Civil Veterinary Department Bihar & Orissa reports 1922-29 - 1922-1929
Year: 1922
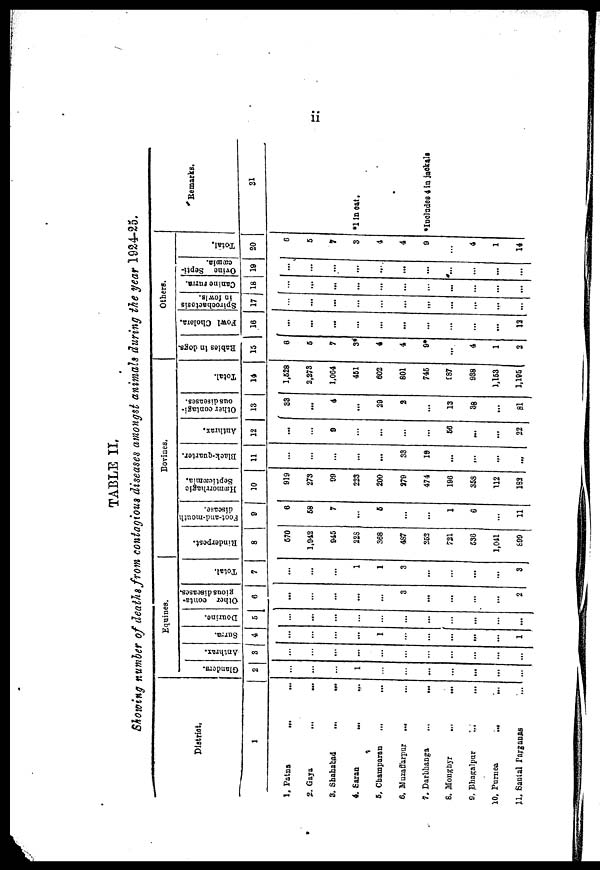
TABLE II,
Showing number of deaths from contagious diseases amongst animals during the year 1924-25,
District,
1
1. Patna
2. Gaya
3. Shahabad
...
...
4. Saran
...
...
5, Champaran
6. Muzaffarpur
...
7. Darbhanga
...
...
6. Mongnyr
9. Bhagalpur
...
...
10. Purnea
...
...
11.
Santal
Parganas
...
Equines.
Glanders.
2
1
...
...
...
Anthrax.
3
...
...
...
...
...
Surra.
4
...
...
1
...
...
...
...
...
1
Deurine.
5
...
...
...
...
Other conta-
gious diseases.
6
...
...
...
3
...
...
...
...
2
Total.
7
1
1
3
...
...
...
3
|
Bovines.
Rinderpest.
8
570
1,942
945
22S
368
487
253
721
S36
1,041
S99
Foot-and-mouth
disease.
9
6
58
7
6
...
...
1
6
11
Hæmorrhagic
Septicaemia.
10
919
273
99
223
200
279
474
196
35S
112
183
Black-quartor.
11
...
...
...
33
19
...
...
...
...
Anthrax.
12
...
0
56
...
...
22
Other contagi-
ous diseases.
13
' 83
...
4
...
29
2
...
13
38
...
81
Total.
14
1,528
2,273
1.0G4
4C1
602
801
745
C87
938
1,153
1,195
Others.
Rabies in dogs.
15
6
5
7
3*'
4
4
8*
...
4
1
2
Fowl Cholera.
16
...
...
...
...
...
...
...
...
...
13
Spirochaetosis
in fowls.
17
Canine Furra.
18
Ovine Septi-
cæmia.
19
... ... ...
...
...
...
...
...
...
...
...
...
...
...
...
...
...
,..
...
...
...
...
...
...
...
...
...
...
...
...
...
...
Total.
20
6
5
7
3
4
4
9
4
1
14
Remarks.
21
*1 in cat.
*Includes 4 in jackals.